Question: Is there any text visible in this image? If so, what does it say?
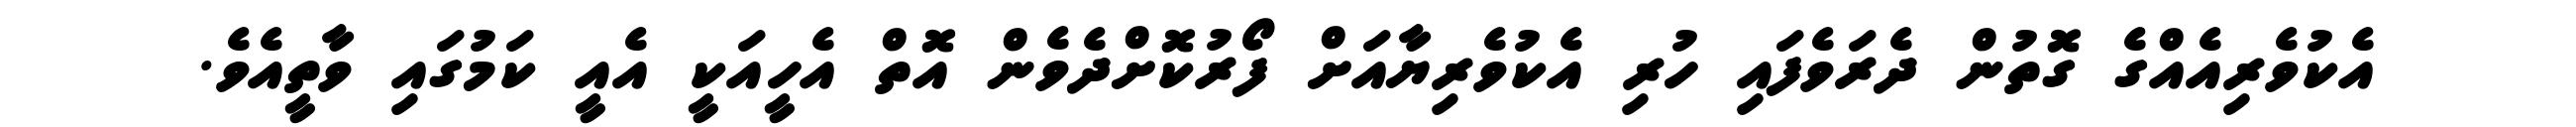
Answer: އެކުވެރިއެއްގެ ގޮތުން ދެރަވެފައި ހުރި އެކުވެރިޔާއަށް ފޯރުކޮށްދެވެން އޮތް އެހީއަކީ އެއީ ކަމުގައި ވާތީއެވެ.